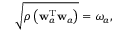
\begin{array} { r } { \sqrt { \rho \left( \mathbf { w } _ { a } ^ { \mathrm { T } } \mathbf { w } _ { a } \right) } = \omega _ { a } , } \end{array}